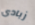
زبادي